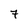
Character: 7